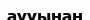
аууынан